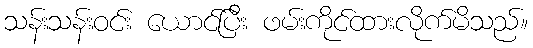
သန်းသန်းဝင်း ယောင်ပြီး ဖမ်းကိုင်ထားလိုက်မိသည်။